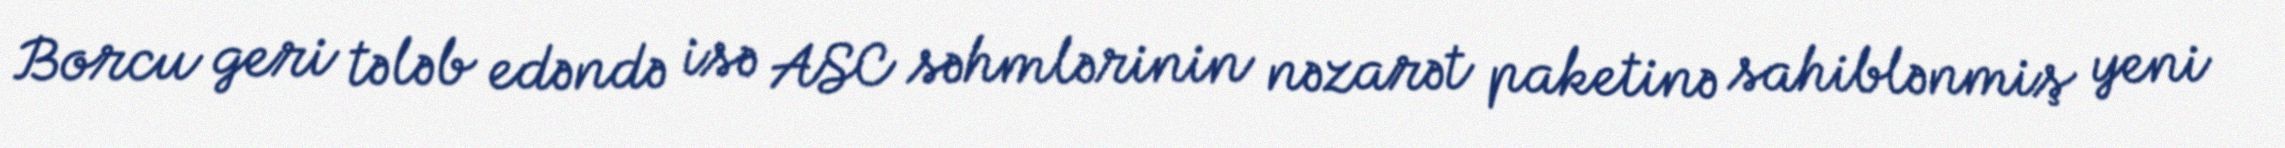
Borcu geri tələb edəndə isə ASC səhmlərinin nəzarət paketinə sahiblənmiş yeni